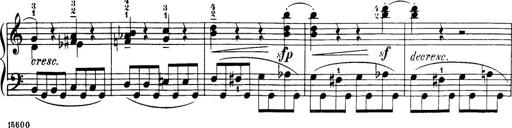
Title: 32 Sonatinas and Rondos for the Piano
Composer: Richard Kleinmichel